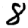
Digit: 8